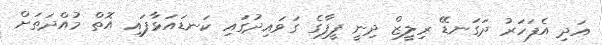
އަދި އެފަހަރު ދަގަނޑޭ ރިލީޒް ދިނީ ފީފާގެ ގަވައިދުގައި ކަނޑައަޅާފައި އޮތް މުއްދަތަށް